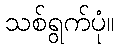
သစ်ရွက်ပုံ။